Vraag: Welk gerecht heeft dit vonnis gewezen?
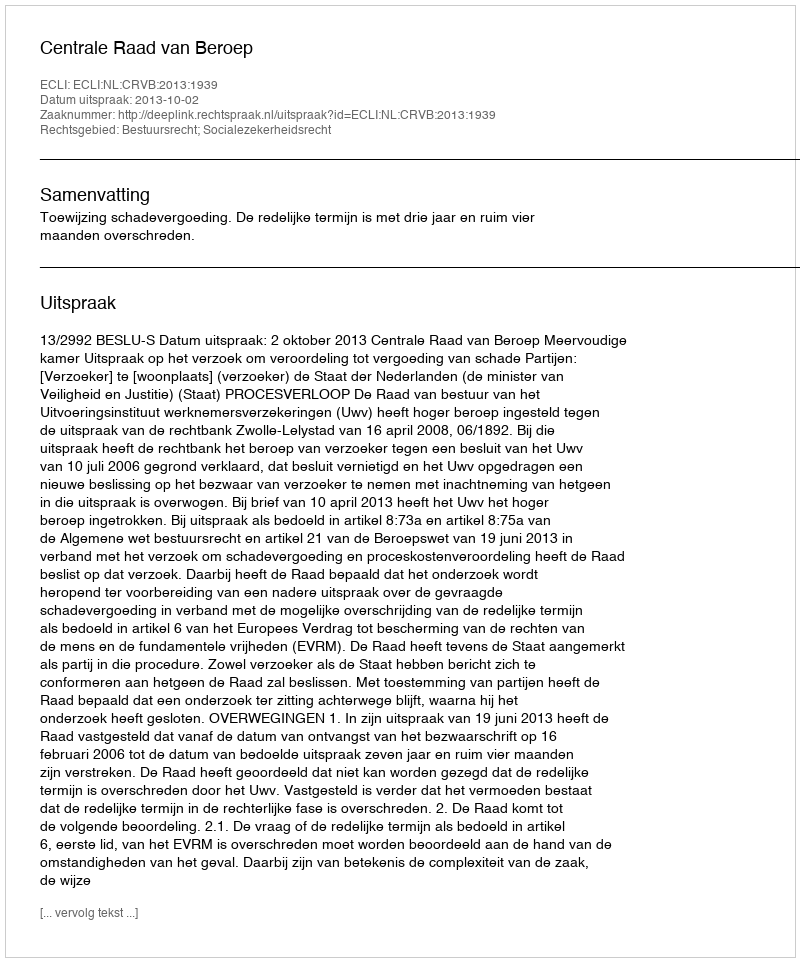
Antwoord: Centrale Raad van Beroep